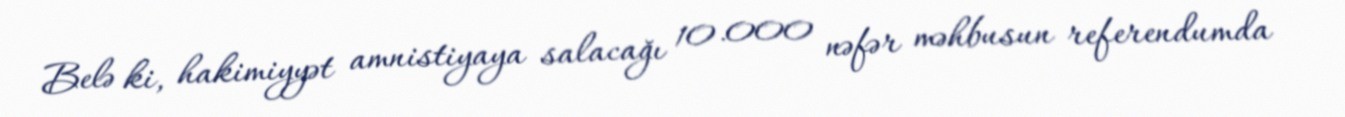
Belə ki, hakimiyyət amnistiyaya salacağı 10.000 nəfər məhbusun referendumda